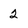
Character: 2